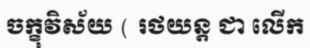
ចក្ខុវិស័យ ( រថយន្ត ជា លើក